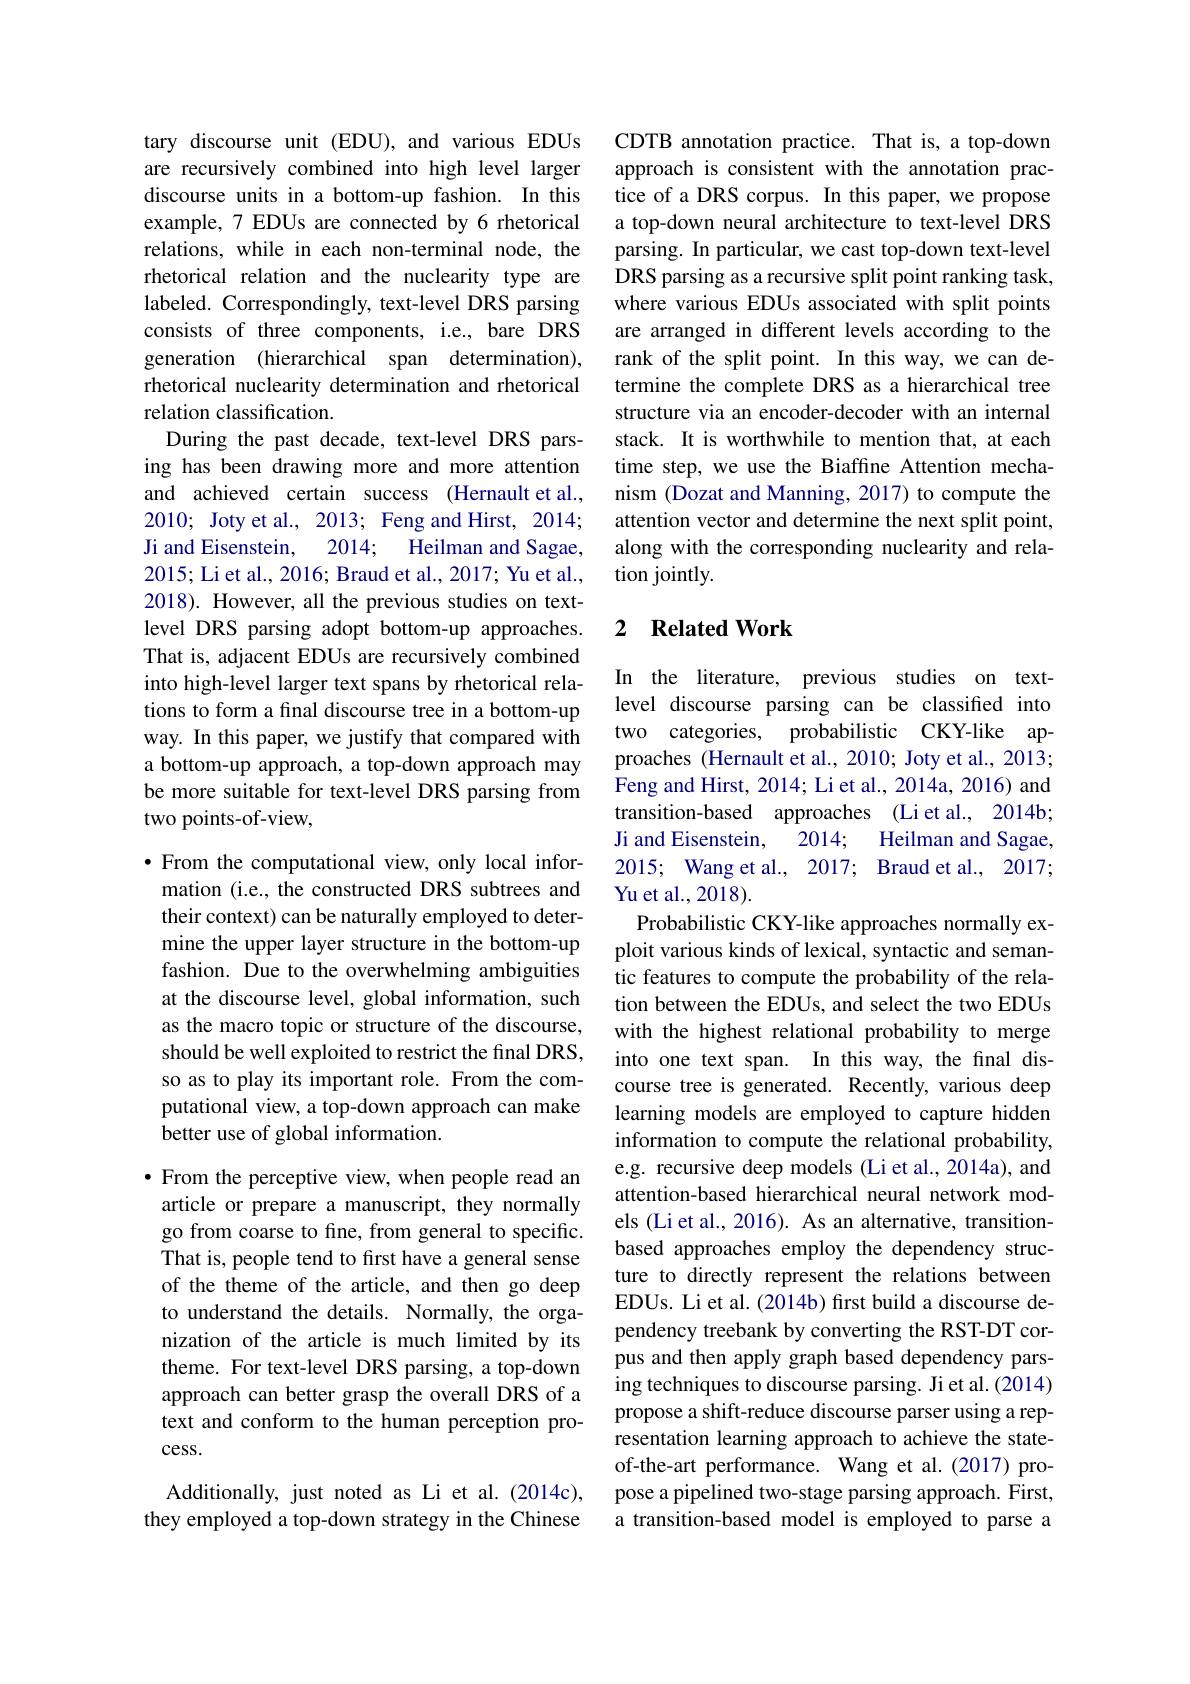
tary discourse unit (EDU), and various EDUs are recursively combined into high level larger discourse units in a bottom-up fashion. In this example, 7 EDUs are connected by 6 rhetorical relations, while in each non-terminal node, the rhetorical relation and the nuclearity type are labeled. Correspondingly, text-level DRS parsing consists of three components, i.e., bare DRS generation (hierarchical span determination), rhetorical nuclearity determination and rhetorical relation classification.
During the past decade, text-level DRS parsing has been drawing more and more attention and achieved certain success (Hernault et al., 2010; Joty et al., 2013; Feng and Hirst, 2014; Ji and Eisenstein,
2014; Heilman and Sagae,
2015; Li et al., 2016; Braud et al., 2017; Yu et al., 2018). However, all the previous studies on textlevel DRS parsing adopt bottom-up approaches. That is, adjacent EDUs are recursively combined into high-level larger text spans by rhetorical relations to form a final discourse tree in a bottom-up way. In this paper, we justify that compared with a bottom-up approach, a top-down approach may be more suitable for text-level DRS parsing from two points-of-view,

$\bullet$ From the computational view, only local information (i.e., the constructed DRS subtrees and their context) can be naturally employed to determine the upper layer structure in the bottom-up fashion. Due to the overwhelming ambiguities at the discourse level, global information, such as the macro topic or structure of the discourse, should be well exploited to restrict the final DRS, so as to play its important role. From the computational view, a top-down approach can make better use of global information.

·From the perceptive view, when people read an article or prepare a manuscript, they normally go from coarse to fine, from general to specific. That is, people tend to first have a general sense of the theme of the article, and then go deep to understand the details. Normally, the organization of the article is much limited by its theme. For text-level DRS parsing, a top-down approach can better grasp the overall DRS of a text and conform to the human perception pro- $cess.$

Additionally, just noted as Li et al.(2014c), they employed a top-down strategy in the Chinese

CDTB annotation practice. That is, a top-down approach is consistent with the annotation practice of a DRS corpus. In this paper, we propose a top-down neural architecture to text-level DRS parsing. In particular, we cast top-down text-level DRS parsing as a recursive split point ranking task, where various EDUs associated with split points are arranged in different levels according to the rank of the split point. In this way, we can determine the complete DRS as a hierarchical tree structure via an encoder-decoder with an internal stack. It is worthwhile to mention that, at each time step, we use the Biaffine Attention mechanism (Dozat and Manning, 2017) to compute the attention vector and determine the next split point, along with the corresponding nuclearity and relation jointly.

### 2 $\textbf{Related Work}$

In the literature, previous studies on textlevel discourse parsing can be classified into two categories, probabilistic CKY-like approaches (Hernault et al., 2010; Joty et al., 2013; Feng and Hirst, 2014; Li et al. , 2014a, 2016) and transition-based approaches (Li et al., 2014b;
2014; Heilman and Sagae,
Ji and Eisenstein,
2015; Wang et al., 2017; Braud et al., 2017;
Yu et al., 2018).
Probabilistic CKY-like approaches normally exploit various kinds of lexical, syntactic and semantic features to compute the probability of the relation between the EDUs, and select the two EDUs with the highest relational probability to merge into one text span. In this way, the final discourse tree is generated. Recently, various deep learning models are employed to capture hidden information to compute the relational probability, e.g. recursive deep models (Li et al., 2014a), and attention-based hierarchical neural network models (Li et al., 2016). As an alternative, transitionbased approaches employ the dependency structure to directly represent the relations between EDUs. Li et al. (2014b) frst build a discourse dependency treebank by converting the RST-DT corpus and then apply graph based dependency parsing techniques to discourse parsing. Ji et al.(2014) propose a shift-reduce discourse parser using a representation learning approach to achieve the stateof-the-art performance. Wang et al.(2017) propose a pipelined two-stage parsing approach. First, a transition-based model is employed to parse a